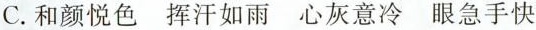
C. 和颜悦色 挥汗如雨 心灰意冷 眼急手快